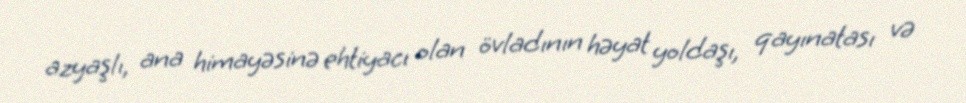
azyaşlı, ana himayəsinə ehtiyacı olan övladının həyat yoldaşı, qayınatası və